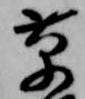
草